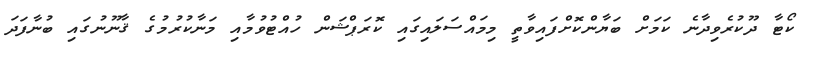
ކޯޓާ ދޫކުރެވިދާނެ ކަމަށް ބަޔާންކޮށްފައިވާތީ މިމައްސަލައިގައި ކޮރަޕްޝަން ހުއްޓުވުމާއި މަނާކުރުމުގެ ޤާނޫނުގައި ބުނާފަދަ